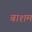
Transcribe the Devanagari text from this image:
बाशम